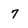
Character: 7